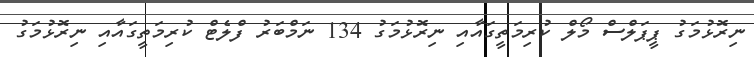
ނިރޮޅުމަގު ޕީޕަލްސް މޯލް ކުރިމަތީގައާއި ނިރޮޅުމަގު 134 ނަމްބަރު ފްލެޓް ކުރިމަތީގައާއި ނިރޮޅުމަގު